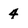
Character: 4